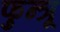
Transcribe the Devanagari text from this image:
फुन्त्रू